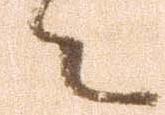
々